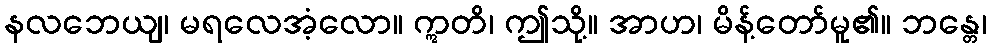
နလဘေယျ၊ မရလေအံ့လော။ ဣတိ၊ ဤသို့။ အာဟ၊ မိန့်တော်မူ၏။ ဘန္တေ၊